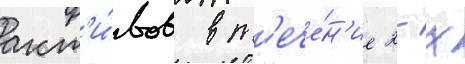
акт'и́вов в т'ече́н'ие 2-х